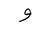
Letter: _waw